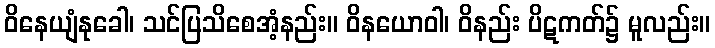
ဝိနေယျံနုခေါ၊ သင်ပြသိစေအံ့နည်း။ ဝိနယောဝါ၊ ဝိနည်း ပိဋကတ်၌ မူလည်း။